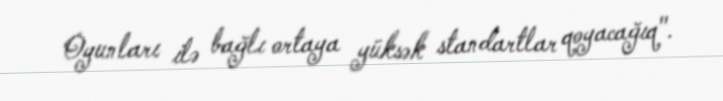
Oyunları ilə bağlı ortaya yüksək standartlar qoyacağıq".